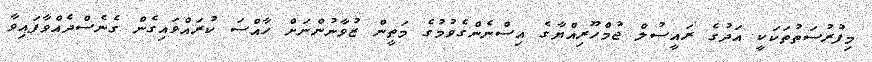
މިފުރުސަތުތަކަކީ އަދުގެ ރައީސުލް ޖުމްހޫރިއްޔާގެ އިސްނެންގެވުމުގެ މަތީން ޒުވާނުންނަށް ހާއްސަ ކުރައްވައިގެން ގެނެސްދެއްވާފައިވާ